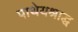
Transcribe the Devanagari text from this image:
पाथेयश्राद्ध